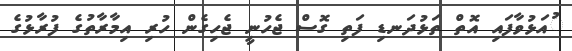
ުއަޅުވާފައި އޮތް ތަޅުދަނޑި ފަތި ގޮސް ޖެހުނީ ޖެހިގެން ހުރި އިމާރާތުގެ ފުރާޅުގެ